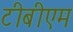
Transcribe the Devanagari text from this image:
टीबीएम